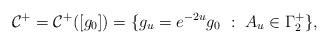
LaTeX: \begin{align*} \mathcal{C}^{+} = \mathcal{C}^{+}( [g_0]) = \{ g_u = e^{-2u} g_0\ :\ A_u \in \Gamma_2^{+} \},\end{align*}